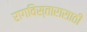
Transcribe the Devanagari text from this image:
रागविस्तारासाठी